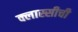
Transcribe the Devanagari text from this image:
क्लास्सीची